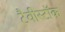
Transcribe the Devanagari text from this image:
टैवीस्टॉक